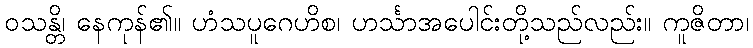
ဝသန္တိ၊ နေကုန်၏။ ဟံသပူဂေဟိစ၊ ဟင်္သာအပေါင်းတို့သည်လည်း။ ကူဇိတာ၊